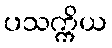
ပသက္ကိယ